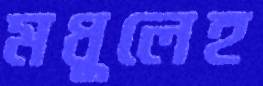
মধুলেহ